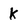
Character: k